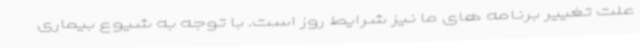
علت تغییر برنامه های ما نیز شرایط روز است. با توجه به شیوع بیماری